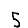
Digit: 5